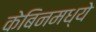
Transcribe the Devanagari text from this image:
केबिनमध्ये